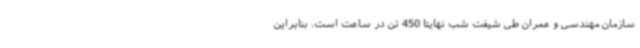
سازمان مهندسی و عمران طی شیفت شب نهایتا 450 تن در ساعت است. بنابراین